Report on vaccination in Madras 1895-1903 - 1895-1903
Year: 1895
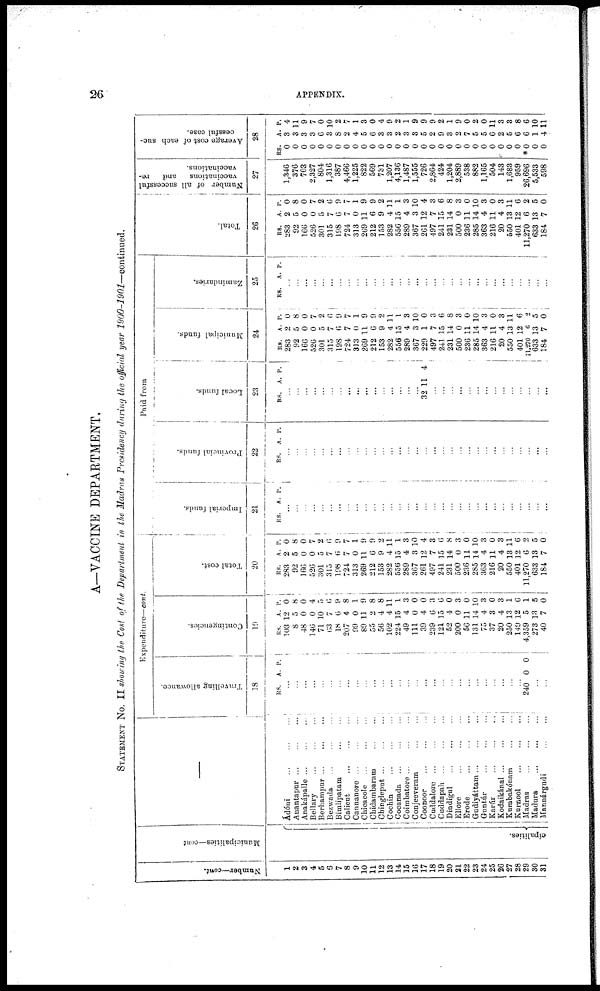
26
APPENDIX.
A—VACCINE DEPARTMENT.
STATEMENT No. II showing the Cost of the. Department in the Madras Presidency during the official year
1900-1901—continued.
Number—cont.
1
2
3
4
5
6
7
8
9
10
11
12
13
14
15
16
17
18
19
20
21
22
23
24
25
26
27
28
29
30
31
Municipalities—cont
cipalities.
—
Ádóni
...
...
...
Anantapur
...
...
...
Anakápalle ... ... ...
Bellary
...
...
...
Berhampur
...
...
...
Bezwada
...
...
...
Bimlipatam
...
...
Calicut
...
...
...
Cannanore ... ... ...
Chicacole
...
...
...
Chidambaram
...
...
Chingleput
...
...
...
Cochin
...
...
...
Cocanada ... ... ...
Coimbatore ... ... ...
Conjeeveram
...
...
Coonoor
...
...
...
Cuddalore
...
...
...
Cuddapah
...
...
...
Dindigul
...
...
...
Ellore
...
...
...
Erode
...
...
...
Gudiyáttam ... ... ...
Guntúr
...
...
...
Karúr
...
...
...
Kodaikánal
...
...
...
Kumbakónam
...
...
Kurnool
...
...
...
Madras
...
...
...
Madura
...
...
...
Mannárgudi
...
...
Expenditure—cont.
Travelling allowance.
18
RS. A. P.
...
...
...
...
...
...
...
...
...
...
...
...
...
...
...
...
...
...
...
...
...
...
...
...
...
...
...
...
240 0 0
...
...
Contingencies.
19
RS.
103
8
48
146
71
63
18
207
99
89
55
56
102
224
49
111
39
239
121
52
200
56
131
75
37
20
250
149
4,359
273
40
A.
12
5
0
0
10
7
6
4
0
11
2
4
4
15
4
0
4
6
15
4
0
11
14
4
3
4
13
12
5
13
7
P.
0 8
0
4
5
6
9
8
1
9
8
8
11
1
3
0
0
3
6
0
3
0
10
3
0
3
1
6
1
5
0
Total cost.
20
RS.
283
92
166
526
301
315
198
724
313
269
212
153
282
556
289
367
261
497
241
231
500
236
285
363
216
20
550
401
11,270
633
184
A.
2
5
0
0
5
7
6
7
0
11
6
9
4
15
4
3
12
7
15
14
0
11
14
4
11
4
13
12
6
13
7
P.
0
8
0
7
2
6
9
7
1
9
9
2
11
1
3
10
4
3
6
8
3
0
10
3
0
3
11
6
2
5
0
Paid from
Imperial funds.
21
RS. A. P.
...
...
...
...
...
...
...
...
...
...
...
...
...
...
...
...
...
...
...
...
...
...
...
...
...
...
...
...
...
...
...
Provincial funds.
22
RS. A. P.
...
...
...
...
...
...
...
...
...
...
...
...
...
...
...
...
...
...
...
...
...
...
...
...
...
...
...
...
...
...
...
Local funds.
23
RS. A. P.
...
...
...
...
...
...
...
...
...
...
...
...
...
...
...
...
32 11 4
...
...
...
...
...
...
...
...
...
...
...
...
...
...
Municipal funds.
24
RS.
283
92
166
526
301
315
198
724
313
269
212
153
282
556
289
367
229
497
241
231
500
236
285
363
216
20
550
401
11,270
633
184
A.
2
5
0
0
5
7
6
7
0
11
6
9
4
15
4
3
1
7
15
14
0
11
14
4
11
4
13
12
6
13
7
P.
0
8
0
7
2
6
9
7
1
9
9
2
11
1
3
10
0
3
6
8
3
0
10
3
0
3
11
6
2
5
0
Zamindaries.
25
RS. A. P.
...
...
...
...
...
...
...
...
...
...
...
...
...
...
...
...
...
...
...
...
...
...
...
...
...
...
...
...
...
...
...
Total.
26
RS.
283
92
166
526
301
315
198
724
313
269
212
153
282
556
289
367
261
497
241
231
500
236
285
363
216
20
550
401
11,270
633
184
A.
2
5
0
0
5
7
6
7
0
11
6
9
4
15
4
3
12
7
15
14
0
11
14
4
11
4
13
12
6
13
7
P.
0
8
0
7
2
6
9
7
1
9
9
2
11
1
3
10
4
3
6
8
3
0
10
3
0
3
11
6
2
5
0
Number of all successful
vaccinations
and
re-
vaccinations.
27
1,346
376
703
2,327
804
1,316
387
4,466
1,225
822
569
731
1,207
4,136
1,487
1,555
726
2,864
424
1,204
2,889
538
882
1,165
504
143
1,683
959
26,696
5,533
598
Average cost of each suc-
cessful case.
28
RS.
0
0
0
0
0
0
0
0
0
0
0
0
0
0
0
0
0
0
0
0
0
0
0
0
0
0
0
0
*0
0
0
A.
3
3
3
3
6
3
8
2
4
5
6
3
3
2
3
3
5
2
9
3
2
7
5
5
6
2
5
6
6
1
4
P.
4
11
9
7
0
10
2
7
1
3
0
4
9
2
1
9
9
9
2
1
9
0
2
0
11
3
3
8
6
10
11